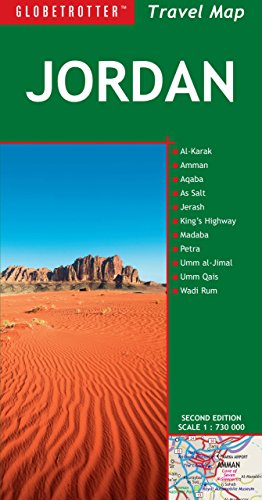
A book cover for Travel Map Jordan (Globetrotter Travel Map); Globetrotter; Travel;